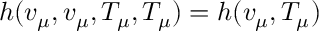
h ( v _ { \mu } , v _ { \mu } , T _ { \mu } , T _ { \mu } ) = h ( v _ { \mu } , T _ { \mu } )